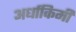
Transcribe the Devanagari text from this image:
अर्धाकिमी